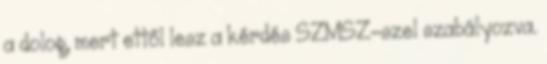
a dolog, mert ettől lesz a kérdés SZMSZ-szel szabályozva.